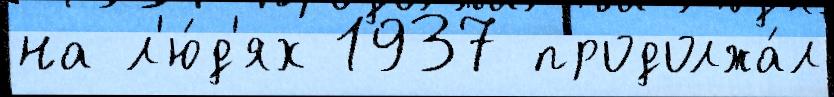
на л'ю́д'ях 1937 продолжа́л